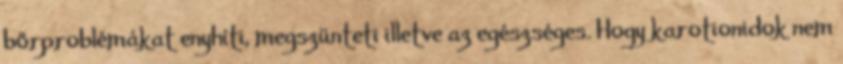
bőrproblémákat enyhíti, megszünteti illetve az egészséges. Hogy karotionidok nem